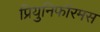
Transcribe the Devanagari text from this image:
प्रियुनिफॉरमस